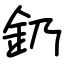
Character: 釢